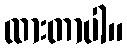
ထားတာပါ။